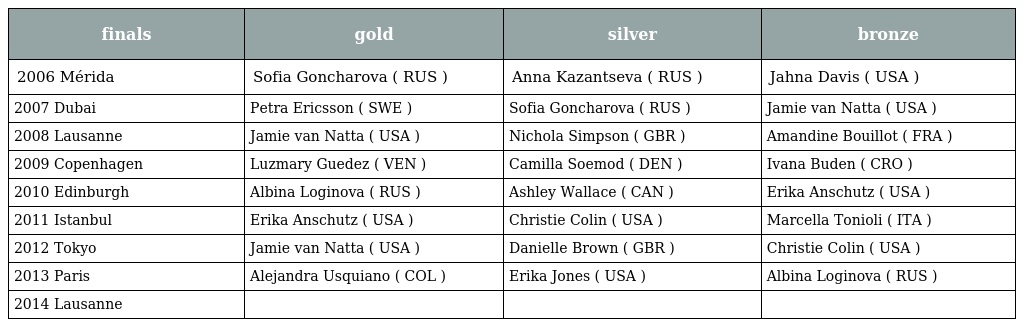
| finals | gold | silver | bronze |
 | --- | --- | --- | --- |
 | 2006 Mérida | Sofia Goncharova ( RUS ) | Anna Kazantseva ( RUS ) | Jahna Davis ( USA ) |
 | 2007 Dubai | Petra Ericsson ( SWE ) | Sofia Goncharova ( RUS ) | Jamie van Natta ( USA ) |
 | 2008 Lausanne | Jamie van Natta ( USA ) | Nichola Simpson ( GBR ) | Amandine Bouillot ( FRA ) |
 | 2009 Copenhagen | Luzmary Guedez ( VEN ) | Camilla Soemod ( DEN ) | Ivana Buden ( CRO ) |
 | 2010 Edinburgh | Albina Loginova ( RUS ) | Ashley Wallace ( CAN ) | Erika Anschutz ( USA ) |
 | 2011 Istanbul | Erika Anschutz ( USA ) | Christie Colin ( USA ) | Marcella Tonioli ( ITA ) |
 | 2012 Tokyo | Jamie van Natta ( USA ) | Danielle Brown ( GBR ) | Christie Colin ( USA ) |
 | 2013 Paris | Alejandra Usquiano ( COL ) | Erika Jones ( USA ) | Albina Loginova ( RUS ) |
 | 2014 Lausanne |  |  |  |